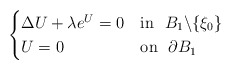
\begin{align*}\begin{cases}\Delta U+\lambda e^U=0 & \textrm{in}\ \ B_1\backslash\{\xi_0\}\\U=0 & \textrm{on}\ \ \partial B_1\end{cases}\end{align*}